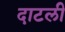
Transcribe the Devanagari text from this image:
दाटली